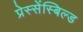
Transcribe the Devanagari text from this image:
प्रेस्सेंस्बिल्ड